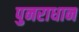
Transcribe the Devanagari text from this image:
पुनराधान